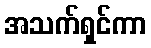
အသက်ရှင်ကာ